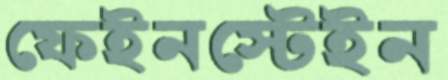
ফেইনস্টেইন